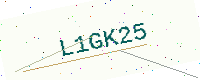
Text: L1GK25